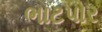
ભાટપોર